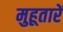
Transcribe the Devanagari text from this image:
मुहूतारें